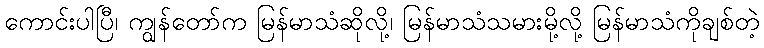
ကောင်းပါပြီ၊ ကျွန်တော်က မြန်မာသံဆိုလို့၊ မြန်မာသံသမားမို့လို့ မြန်မာသံကိုချစ်တဲ့